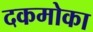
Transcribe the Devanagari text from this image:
दकमोका